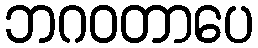
ဘဂဝတာပေ